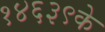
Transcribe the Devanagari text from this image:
१४६३९के